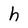
Character: h